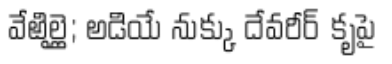
వేఱిల్లై; అడియే నుక్కు దేవరీర్ కృపై